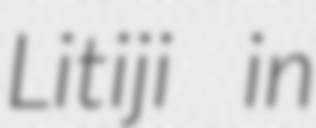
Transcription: Litiji in